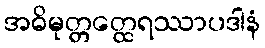
အဓိမုတ္တတ္ထေရဿာပဒါနံ